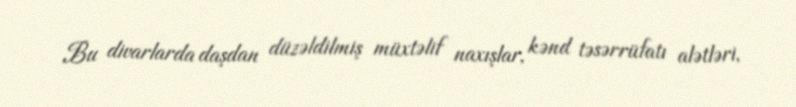
Bu divarlarda daşdan düzəldilmiş müxtəlif naxışlar, kənd təsərrüfatı alətləri,